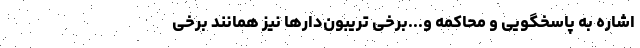
اشاره به پاسخگویی و محاکمه و...برخی تریبون‌دارها نیز همانند برخی